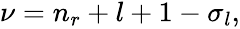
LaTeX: \begin{array}{r}{\nu=n_{r}+l+1-\sigma_{l},}\end{array}